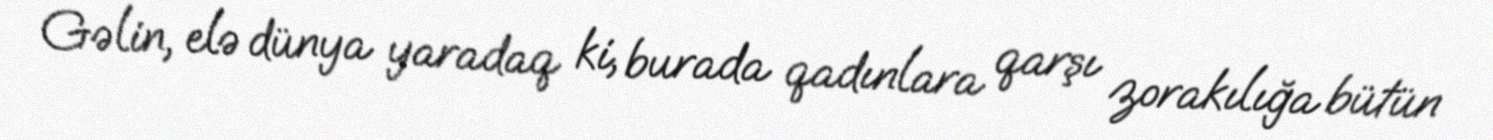
Gəlin, elə dünya yaradaq ki, burada qadınlara qarşı zorakılığa bütün